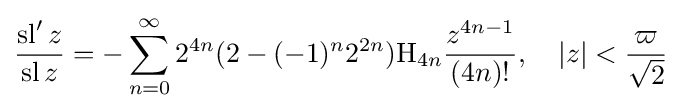
{\frac {\operatorname {sl} 'z}{\operatorname {sl} z}}=-\sum _{n=0}^{\infty }2^{4n}(2-(-1)^{n}2^{2n})\mathrm {H} _{4n}{\frac {z^{4n-1}}{(4n)!}},\quad \left|z\right|<{\frac {\varpi }{\sqrt {2}}}